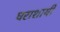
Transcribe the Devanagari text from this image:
घराशायी